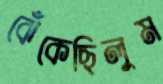
ঝেঁকেছিলুম